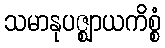
သမာနုပဇ္ဈာယကိစ္စံ